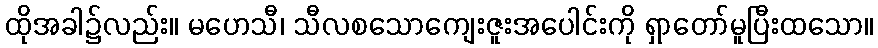
ထိုအခါ၌လည်း။ မဟေသီ၊ သီလစသောကျေးဇူးအပေါင်းကို ရှာတော်မူပြီးထသော။